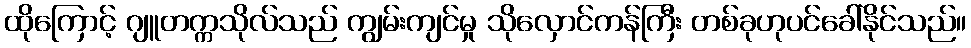
ထိုကြောင့် ဂျူတက္ကသိုလ်သည် ကျွမ်းကျင်မှု သိုလှောင်ကန်ကြီး တစ်ခုဟုပင်ခေါ်နိုင်သည်။